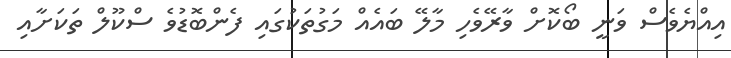
އިއްޔެވެސް ވަނީ ބޯކޮށް ވާރޭވެހި މާލޭ ބައެއް މަގުތަކުގައި ފެންބޮޑުވެ ސްކޫލް ތަކަށާއި